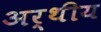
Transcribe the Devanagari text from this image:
अर्थीय